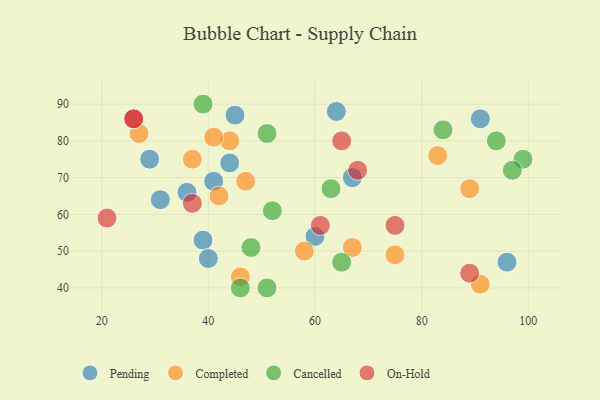
{"axis": {"x": "GDP", "y": "Life Expectancy"}, "legend": ["Cancelled", "Completed", "On-Hold", "Pending"], "data": [{"x": "64", "y": 88, "type": "Pending"}, {"x": "45", "y": 87, "type": "Pending"}, {"x": "36", "y": 66, "type": "Pending"}, {"x": "39", "y": 53, "type": "Pending"}, {"x": "44", "y": 74, "type": "Pending"}, {"x": "29", "y": 75, "type": "Pending"}, {"x": "91", "y": 86, "type": "Pending"}, {"x": "67", "y": 70, "type": "Pending"}, {"x": "60", "y": 54, "type": "Pending"}, {"x": "41", "y": 69, "type": "Pending"}, {"x": "96", "y": 47, "type": "Pending"}, {"x": "31", "y": 64, "type": "Pending"}, {"x": "40", "y": 48, "type": "Pending"}, {"x": "44", "y": 80, "type": "Completed"}, {"x": "37", "y": 75, "type": "Completed"}, {"x": "83", "y": 76, "type": "Completed"}, {"x": "67", "y": 51, "type": "Completed"}, {"x": "89", "y": 67, "type": "Completed"}, {"x": "75", "y": 49, "type": "Completed"}, {"x": "47", "y": 69, "type": "Completed"}, {"x": "58", "y": 50, "type": "Completed"}, {"x": "91", "y": 41, "type": "Completed"}, {"x": "46", "y": 43, "type": "Completed"}, {"x": "41", "y": 81, "type": "Completed"}, {"x": "27", "y": 82, "type": "Completed"}, {"x": "42", "y": 65, "type": "Completed"}, {"x": "51", "y": 40, "type": "Cancelled"}, {"x": "51", "y": 82, "type": "Cancelled"}, {"x": "94", "y": 80, "type": "Cancelled"}, {"x": "65", "y": 47, "type": "Cancelled"}, {"x": "84", "y": 83, "type": "Cancelled"}, {"x": "99", "y": 75, "type": "Cancelled"}, {"x": "39", "y": 90, "type": "Cancelled"}, {"x": "52", "y": 61, "type": "Cancelled"}, {"x": "63", "y": 67, "type": "Cancelled"}, {"x": "97", "y": 72, "type": "Cancelled"}, {"x": "48", "y": 51, "type": "Cancelled"}, {"x": "46", "y": 40, "type": "Cancelled"}, {"x": "65", "y": 80, "type": "On-Hold"}, {"x": "37", "y": 63, "type": "On-Hold"}, {"x": "89", "y": 44, "type": "On-Hold"}, {"x": "75", "y": 57, "type": "On-Hold"}, {"x": "26", "y": 86, "type": "On-Hold"}, {"x": "68", "y": 72, "type": "On-Hold"}, {"x": "21", "y": 59, "type": "On-Hold"}, {"x": "26", "y": 86, "type": "On-Hold"}, {"x": "61", "y": 57, "type": "On-Hold"}]}